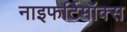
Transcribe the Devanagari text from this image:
नाइफर्टिमॉक्स